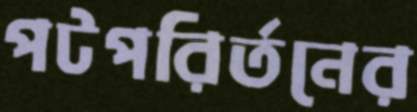
পটপরির্তনের